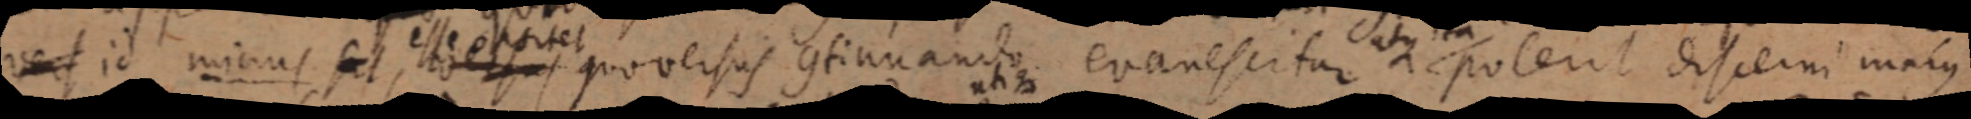
vers id minus se, esse portet quo versus continuando evanescitur atque poterit discerni majus